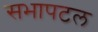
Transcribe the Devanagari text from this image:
सभापटल